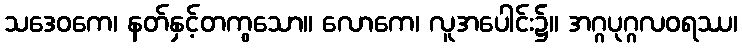
သဒေဝကေ၊ နတ်နှင့်တကွသော။ လောကေ၊ လူအပေါင်း၌။ အဂ္ဂပုဂ္ဂလဝရဿ၊